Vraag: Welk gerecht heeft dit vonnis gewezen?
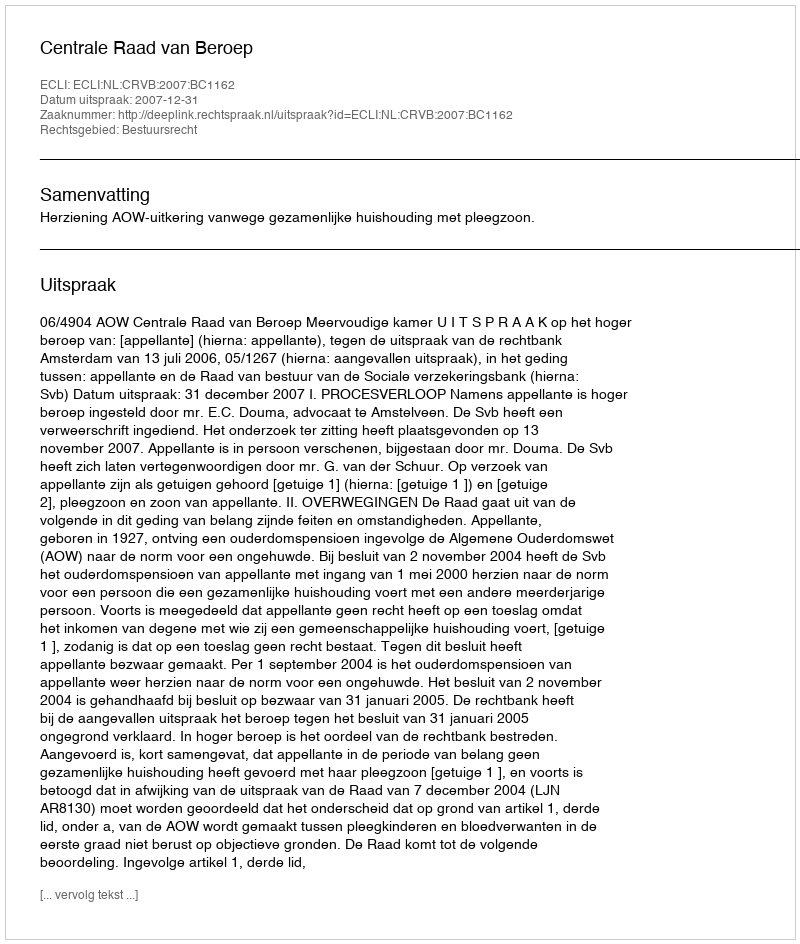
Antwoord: Centrale Raad van Beroep